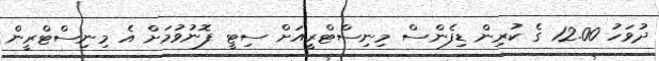
ދުވަހު 12.00 ގެ ކުރިން ޑިފެންސް މިނިސްޓްރީއަށް ސިޓީ ފޮނުވުމަށް އެ މިނިސްޓްރީން